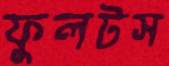
ফুলটস